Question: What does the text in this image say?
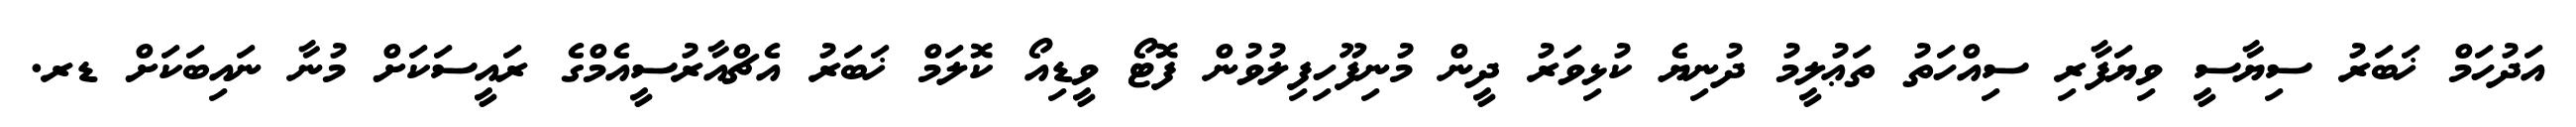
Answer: އަދުހަމް ޚަބަރު ސިޔާސީ ވިޔަފާރި ސިއްހަތު ތަޢުލީމު ދުނިޔެ ކުޅިވަރު ދީން މުނިފޫހިފިލުވުން ފޮޓޯ ވީޑިއޯ ކޮލަމް ޚަބަރު އެޗްއާރުސީއެމްގެ ރައީސަކަށް މުނާ ނައިބަކަށް ޑރ.